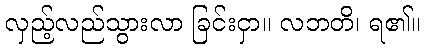
လှည့်လည်သွားလာ ခြင်းငှာ။ လဘတိ၊ ရ၏။